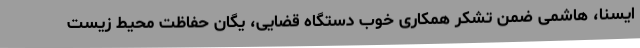
ایسنا، هاشمی ضمن تشکر همکاری خوب دستگاه قضایی، یگان حفاظت محیط زیست